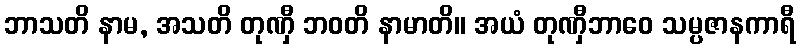
ဘာသတိ နာမ, အသတိ တုဏှီ ဘဝတိ နာမာတိ။ အယံ တုဏှီဘာဝေ သမ္ပဇာနကာရီ